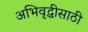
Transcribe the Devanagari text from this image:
अभिवृद्धीसाठी